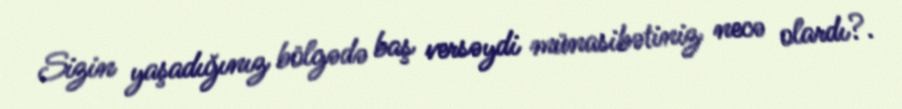
Sizin yaşadığınız bölgədə baş versəydi münasibətiniz necə olardı?.